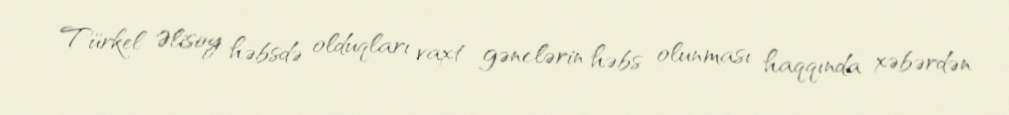
Türkel Əlisoy həbsdə olduqları vaxt gənclərin həbs olunması haqqında xəbərdən